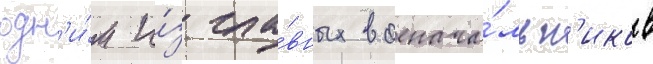
одн'и́м и́з гла́вных военача́льн'иков